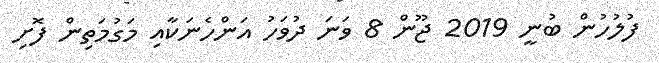
ފުލުހުން ބުނީ 2019 ޖޫން 8 ވަނަ ދުވަހު އަންހެނަކާއި މަގުމަތިން ފޮށި